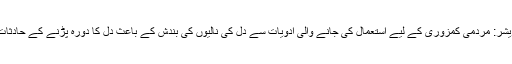
مقوی ادویات اور بلڈ پریشر: مردمی کمزوری کے لیے استعمال کی جانے والی ادویات سے دل کی نالیوں کی بندش کے باعث دل کا دورہ پڑنے کے حادثات دیکھنے میں آئے ہیں۔